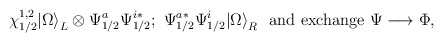
\begin{align*}\chi^{1,2}_{1/2}|\Omega{\rangle }_L\otimes {\Psi}_{1/2}^a{\Psi}_{1/2}^{i*};\,\, {\Psi}_{1/2}^{a*}{\Psi}_{1/2}^{i} |\Omega{\rangle }_R\ \ \mbox{and exchange}\ \Psi \longrightarrow\Phi,\end{align*}